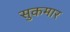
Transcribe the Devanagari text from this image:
सुकमार